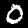
Digit: 0